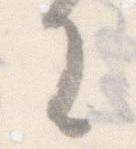
に